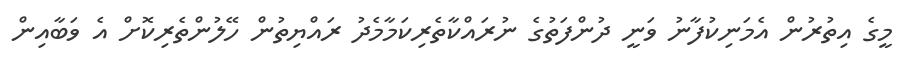
މީގެ އިތުރުން އެމަނިކުފާނު ވަނީ ދުންފަތުގެ ނުރައްކާތެރިކަމާމެދު ރައްޔިތުން ހޭލުންތެރިކޮށް އެ ވަބާއިން